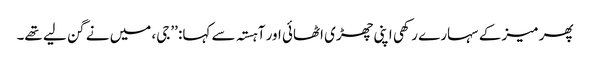
پھر میز کے سہارے رکھی اپنی چھڑی اٹھائی اور آہستہ سے کہا: ’’جی، میں نے گن لیے تھے۔